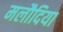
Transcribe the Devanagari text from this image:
मलौदिया